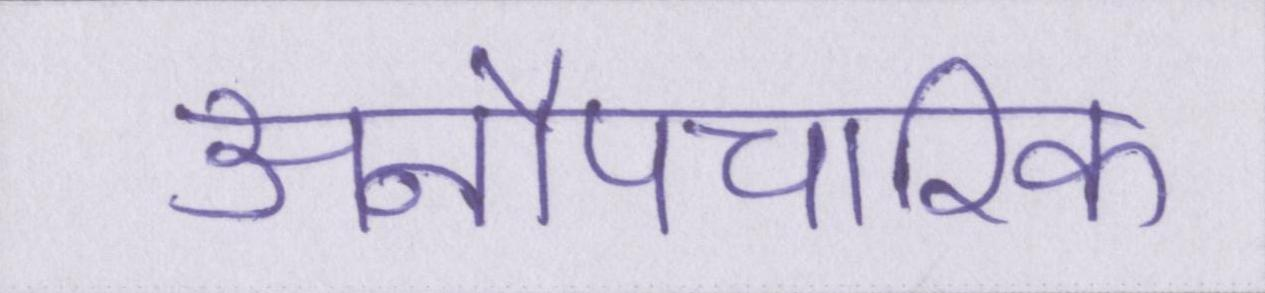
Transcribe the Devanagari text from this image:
अनौपचारिक